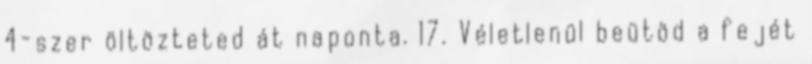
4-szer öltözteted át naponta. 17. Véletlenül beütöd a fejét